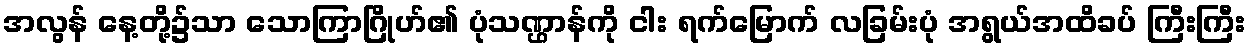
အလွန် နေ့တို့၌သာ သောကြာဂြိုဟ်၏ ပုံသဏ္ဌာန်ကို ငါး ရက်မြောက် လခြမ်းပုံ အရွယ်အထိခပ် ကြီးကြီး